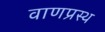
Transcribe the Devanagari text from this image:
वाणप्रस्थ